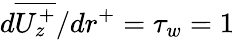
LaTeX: d\overline{{U_{z}^{+}}}/{dr^{+}}=\tau_{w}=1